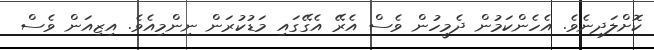
ކޮށްލަދިނެވެ. އެހެންކަމުން ދެމީހުން ވެސް އެރޭ އެގޭގައި މަޑުކުރަން ނިންމިއެވެ. އިޒިއަން ވެސް